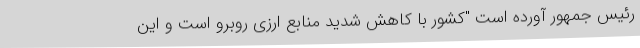
رئیس جمهور آورده است "کشور با کاهش شدید منابع ارزی روبرو است و این